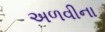
અળવીના